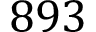
8 9 3